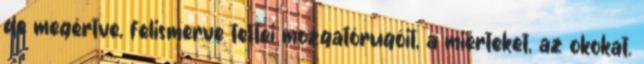
de megértve, felismerve tettei mozgatórugóit, a miérteket, az okokat.